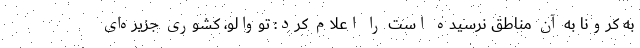
به کرونا به آن مناطق نرسیده است را اعلام کرد: تووالو، کشوری جزیره‌ای